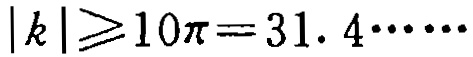
\(|k|\geqslant 10\pi = 31.4\cdots\cdots\)